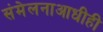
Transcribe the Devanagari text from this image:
संमेलनाआधीही